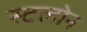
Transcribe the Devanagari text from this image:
स्टलोन